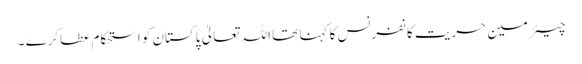
چیئرمین حریت کانفرنس کا کہنا تھا اللہ تعالیٰ پاکستان کو استحکام عطاکرے ۔